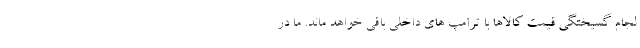
لجام گسيختگي قيمت كالاها با ترامپ هاي داخلي باقي خواهد ماند. ما در